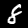
Label: 8